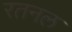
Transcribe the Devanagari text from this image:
रतनल